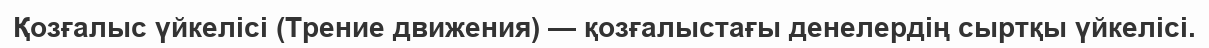
Қозғалыс үйкелісі (Трение движения) — қозғалыстағы денелердің сыртқы үйкелісі.